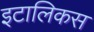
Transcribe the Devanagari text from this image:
इटालिकस